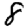
Digit: 8